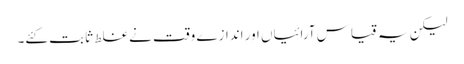
لیکن یہ قیاس آرائیاں اور اندازے وقت نے غلط ثابت کئے۔